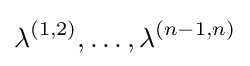
\lambda ^{(1,2)},\dots ,\lambda ^{(n-1,n)}